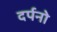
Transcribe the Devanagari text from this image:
दर्पनो